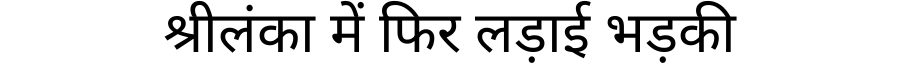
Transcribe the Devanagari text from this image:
श्रीलंका में फिर लड़ाई भड़की